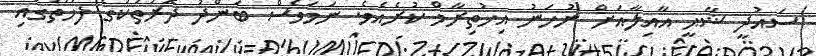
ސައުދީ ޝާޙީ އާއިލާއަށް ނުހަނު އިޚުތިރާމް ކުރެއެވެ. ނަމަވެސް ބަންދު ދޮރުތަކުގެ ފަހަތުގައި